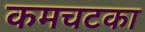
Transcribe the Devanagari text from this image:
कमचटका